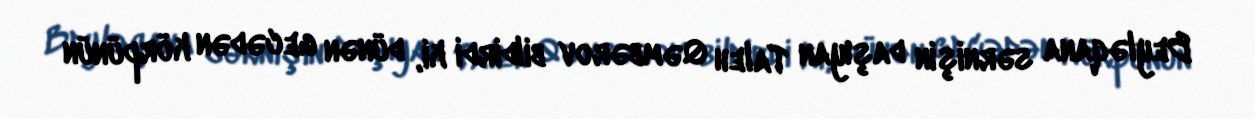
Beyləqana sərnişin daşıyan Taleh Qəmbərov bildirdi ki, dünən gecədən körpünün